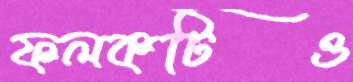
ফলকটিও